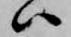
ハ